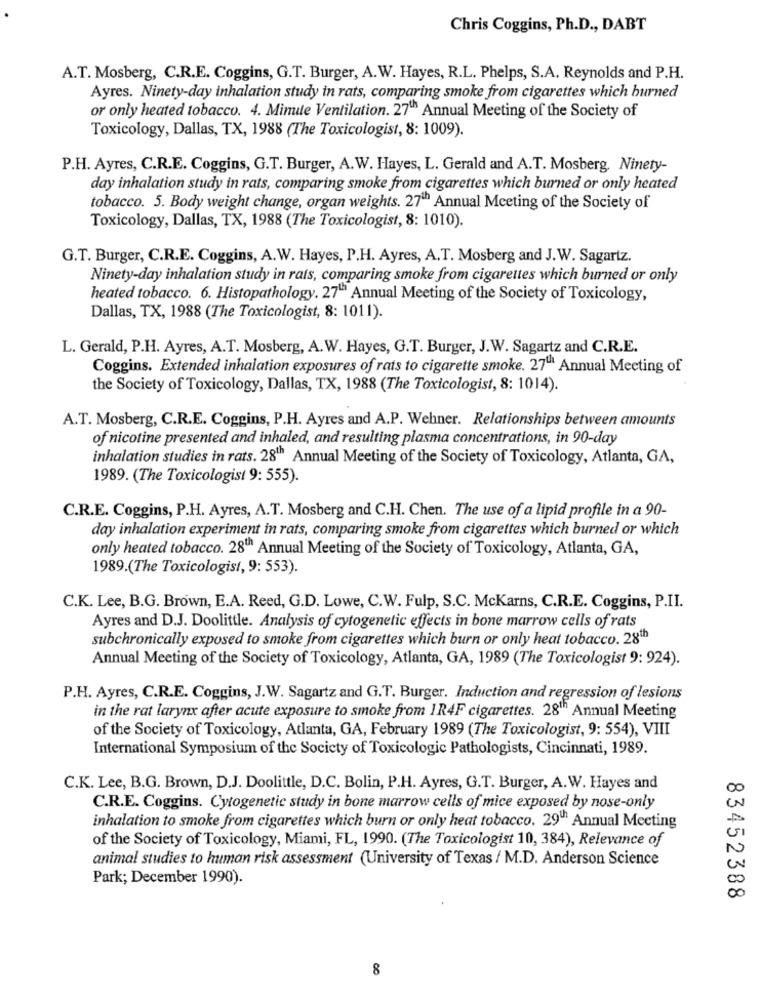
Chris Coggins, Ph.D ., DABT
A.T. Mosberg, C.R.E. Coggins, G.T. Burger, A.W. Hayes, R.L. Phelps, S.A. Reynolds and P.H.
Ayres. Ninety-day inhalation study in rats, comparing smoke from cigarettes which burned
or only heated tobacco. 4. Minute Ventilation. 27th Annual Meeting of the Society of
Toxicology, Dallas, TX, 1988 (The Toxicologist, 8: 1009).
P.H. Ayres, C.R.E. Coggins, G.T. Burger, A.W. Hayes, L. Gerald and A.T. Mosberg, Ninety-
day inhalation study in rats, comparing smoke from cigarettes which burned or only heated
tobacco. 5. Body weight change, organ weights. 27th Annual Meeting of the Society of
Toxicology, Dallas, TX, 1988 (The Toxicologist, 8: 1010).
G.T. Burger, C.R.E. Coggins, A.W. Hayes, P.H. Ayres, A.T. Mosberg and J.W. Sagartz.
Ninety-day inhalation study in rats, comparing smoke from cigarettes which burned or only
heated tobacco. 6. Histopathology. 27"" Annual Meeting of the Society of Toxicology,
Dallas, TX, 1988 (The Toxicologist, 8: 1011).
L. Gerald, P.H. Ayres, A.T. Mosberg, A.W. Hayes, G.T. Burger, J.W. Sagartz and C.R.E.
Coggins. Extended inhalation exposures of rats to cigarette smoke. 27" Annual Meeting of
the Society of Toxicology, Dallas, TX, 1988 (The Toxicologist, 8: 1014).
A.T. Mosberg, C.R.E. Coggins, P.H. Ayres and A.P. Wehner. Relationships between amounts
of nicotine presented and inhaled, and resulting plasma concentrations, in 90-day
inhalation studies in rats. 28'" Annual Meeting of the Society of Toxicology, Atlanta, GA,
1989. (The Toxicologist 9: 555).
C.R.E. Coggins, P.H. Ayres, A.T. Mosberg and C.H. Chen. The use of a lipid profile in a 90-
day inhalation experiment in rats, comparing smoke from cigarettes which burned or which
only heated tobacco. 28" Annual Meeting of the Society of Toxicology, Atlanta, GA,
1989.(The Toxicologist, 9: 553).
C.K. Lee, B.G. Brown, E.A. Reed, G.D. Lowe, C.W. Fulp, S.C. McKarns, C.R.E. Coggins, P.II.
Ayres and D.J. Doolittle. Analysis of cytogenetic effects in bone marrow cells of rats
subchronically exposed to smoke from cigarettes which burn or only heat tobacco. 28th
Annual Meeting of the Society of Toxicology, Atlanta, GA, 1989 (The Toxicologist 9: 924).
P.H. Ayres, C.R.E. Coggins, J.W. Sagartz and G.T. Burger. Induction and regression of lesions
in the rat larynx after acute exposure to smoke from 1R4F cigarettes. 28"" Annual Meeting
of the Society of Toxicology, Atlanta, GA, February 1989 (The Toxicologist, 9: 554), VIII
International Symposium of the Society of Toxicologie Pathologists, Cincinnati, 1989.
C.K. Lee, B.G. Brown, D.J. Doolittle, D.C. Bolin, P.H. Ayres, G.T. Burger, A.W. Hayes and
00
C.R.E. Coggins. Cytogenetic study in bone marrow cells of mice exposed by nose-only
inhalation to smoke from cigarettes which burn or only heat tobacco. 29" Annual Meeting
of the Society of Toxicology, Miami, FL, 1990. (The Toxicologist 10, 384), Relevance of
animal studies to human risk assessment (University of Texas / M.D. Anderson Science
Park; December 1990).
00
83452388
8